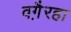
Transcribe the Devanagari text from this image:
वगै़रहा